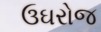
ઉઘરોજ